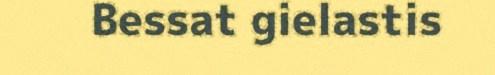
Bessat gielastis